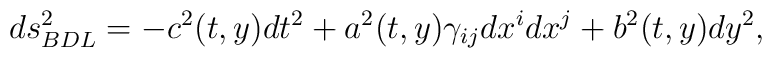
ds^2_{BDL} = -c^2(t,y) dt^2 +a^2(t,y)\gamma_{ij}dx^idx^j +b^2(t,y)dy^2,